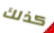
كذلك